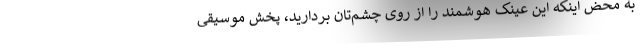
به محض اینکه این عینک هوشمند را از روی چشم‌تان بردارید، پخش موسیقی